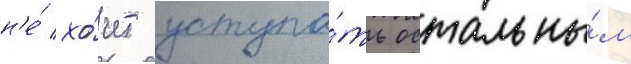
н'е́ хо́чет уступа́ть остальны́м